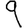
Digit: 9